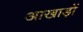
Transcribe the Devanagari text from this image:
आखाड़ों